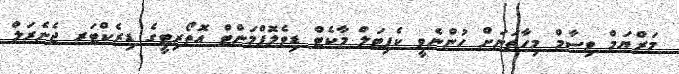
މަރްޔަމް ވިސާމް މިހާތަނަށް ހުންނެވީ ކެޕިޓަލް މާކެޓް ޑިވެލޮޕްމަންޓް އޮތޯރިޓީގެ ޑިރެކްޓަރ ޖެނެރަލް